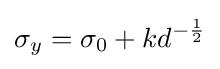
\sigma _{y}=\sigma _{0}+kd^{-{\frac {1}{2}}}